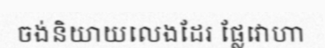
ចង់និយាយលេងដែរ ផ្លែវោហា